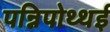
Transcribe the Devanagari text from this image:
पन्निपोथ्थई